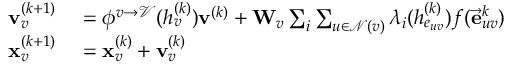
\begin{array} { r l } { \mathbf { v } _ { v } ^ { ( k + 1 ) } } & { { } = \phi ^ { v \rightarrow \mathcal { V } } ( h _ { v } ^ { ( k ) } ) \mathbf { v } ^ { ( k ) } + \mathbf { W } _ { v } \sum _ { i } \sum _ { u \in \mathcal { N } ( v ) } \lambda _ { i } ( h _ { e _ { u v } } ^ { ( k ) } ) f ( \vec { \mathbf { e } } _ { u v } ^ { k } ) } \\ { \mathbf { x } _ { v } ^ { ( k + 1 ) } } & { { } = \mathbf { x } _ { v } ^ { ( k ) } + \mathbf { v } _ { v } ^ { ( k ) } } \end{array}